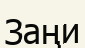
Заңи